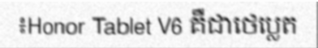
៖Honor Tablet V6 គឺជាថេប្លេត